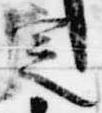
定